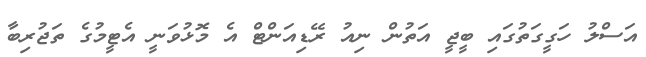
އަސްލު ހަގީގަތުގައި ބީޖީ އަތުން ނިއު ރޭޑިއަންޓް އެ މޮޅުވަނީ އެޓީމުގެ ތަޖުރިބާ